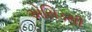
એસિડથી